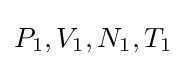
P_{1},V_{1},N_{1},T_{1}